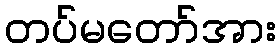
တပ်မတော်အား